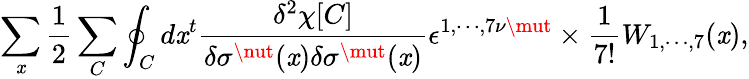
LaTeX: \sum_{\mathit{x}}\frac{{1}}{{2}}\sum_{C}\oint_{C}d\mathit{x}^{t}\frac{{\delta^{2}\chi[C]}}{{\delta\sigma^{\nut}(\mathit{x})\delta\sigma^{\mut}(\mathit{x})}}\epsilon^{1,\cdots,7\nu\mut}\times\frac{{1}}{{7!}}W_{1,\cdots,7}(\mathit{x}),